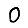
Digit: 0